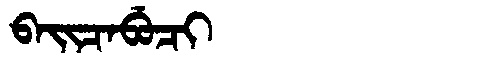
Manchu: ᠪᠠᡳᠴᠠᠪᡠᠴᡳ
Romanization: BAICABUCI